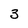
Character: 3